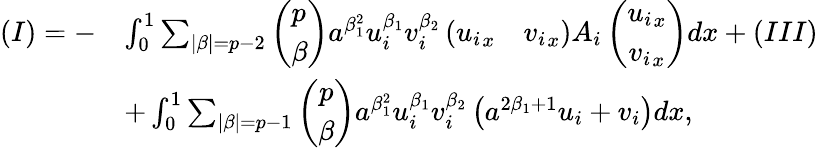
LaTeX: \begin{array}{rl}{(I)=-}&{\int_{0}^{1}\sum_{|\beta|=p-2}\left(\begin{array}{l}{p}\\ {\beta}\end{array}\right)a^{\beta_{1}^{2}}u_{i}^{\beta_{1}}v_{i}^{\beta_{2}}\left({u_{i}}_{x}\quad{v_{i}}_{x}\right)A_{i}\left(\begin{array}{c}{{u_{i}}_{x}}\\ {{v_{i}}_{x}}\end{array}\right)dx+(III)}\\ &{+\int_{0}^{1}\sum_{|\beta|=p-1}\left(\begin{array}{c}{p}\\ {\beta}\end{array}\right)a^{\beta_{1}^{2}}u_{i}^{\beta_{1}}v_{i}^{\beta_{2}}\left(a^{2\beta_{1}+1}{u_{i}}+{v_{i}}\right)dx,}\end{array}